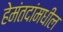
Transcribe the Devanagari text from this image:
हेमंतदांमधील